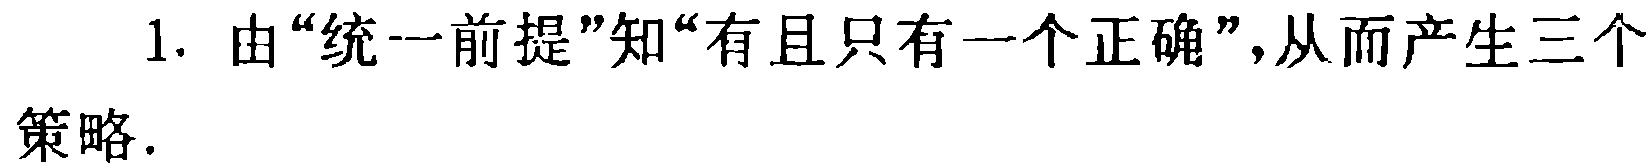
1. 由“统一前提”知“有且只有一个正确”，从而产生三个策略.